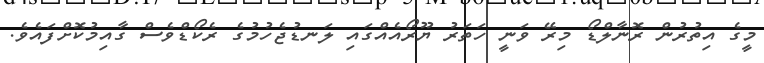
މީގެ އިތުރުން ރޮނާލްޑޯ މިރޭ ވަނީ ހަތަރު ޔޫރޯއެއްގައި ލަނޑުޖެހުމުގެ ރެކޯޑްވެސް ގާއިމުކޮށްފައެވެ.